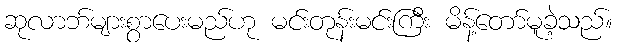
ဆုလာဘ်များစွာပေးမည်ဟု မင်းတုန်းမင်းကြီး မိန့်တော်မူခဲ့သည်။